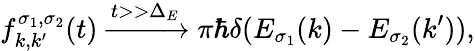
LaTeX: f_{k,k^{\prime}}^{\sigma_{1},\sigma_{2}}(t)\xrightarrow{t>>\Delta_{E}}\pi\hbar\delta(E_{\sigma_{1}}(k)-E_{\sigma_{2}}(k^{\prime})),